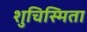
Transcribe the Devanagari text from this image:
शुचिस्मिता